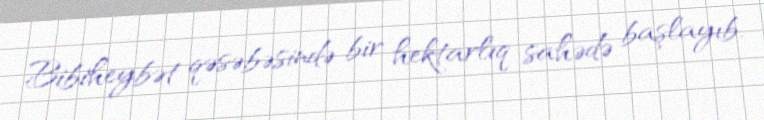
Bibiheybət qəsəbəsində bir hektarlıq sahədə başlayıb.